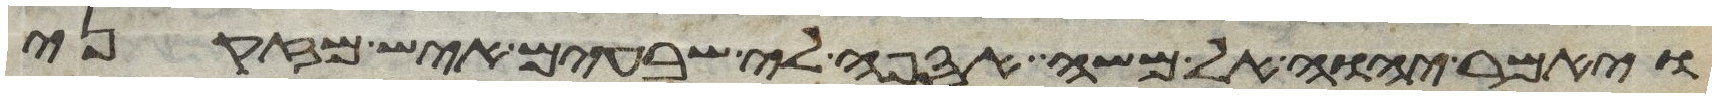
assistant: ויאמר יהוה אל משה אספה לי שבעים איש מזקני